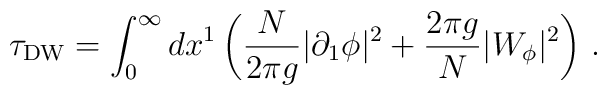
\tau_{\rm DW} = \int_0^\infty dx^1\,\biggl(\frac{N}{2\pi g} |\partial_1 \phi|^2 + \frac{2\pi g}{N} |W_\phi|^2\biggr)\ .